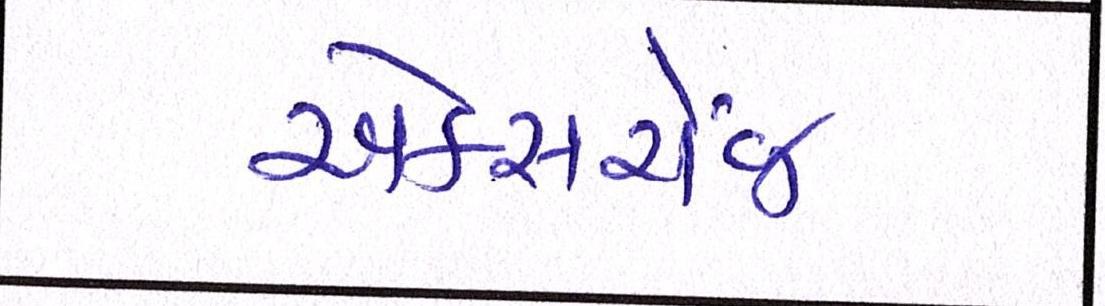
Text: એક્સચેંજ